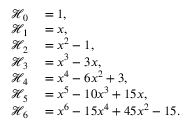
\begin{array} { r l } { \mathcal { H } _ { 0 } } & { { } = 1 , } \\ { \mathcal { H } _ { 1 } } & { { } = x , } \\ { \mathcal { H } _ { 2 } } & { { } = x ^ { 2 } - 1 , } \\ { \mathcal { H } _ { 3 } } & { { } = x ^ { 3 } - 3 x , } \\ { \mathcal { H } _ { 4 } } & { { } = x ^ { 4 } - 6 x ^ { 2 } + 3 , } \\ { \mathcal { H } _ { 5 } } & { { } = x ^ { 5 } - 1 0 x ^ { 3 } + 1 5 x , } \\ { \mathcal { H } _ { 6 } } & { { } = x ^ { 6 } - 1 5 x ^ { 4 } + 4 5 x ^ { 2 } - 1 5 . } \end{array}